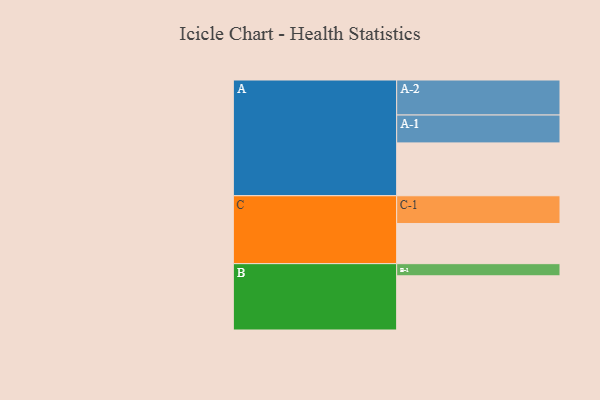
{"axis": {"x": "Segment", "y": "Value"}, "legend": ["", "A", "B", "C"], "data": [{"x": "A", "y": 400, "type": ""}, {"x": "B", "y": 410, "type": ""}, {"x": "C", "y": 304, "type": ""}, {"x": "A-1", "y": 211, "type": "A"}, {"x": "A-2", "y": 265, "type": "A"}, {"x": "B-1", "y": 92, "type": "B"}, {"x": "C-1", "y": 210, "type": "C"}]}